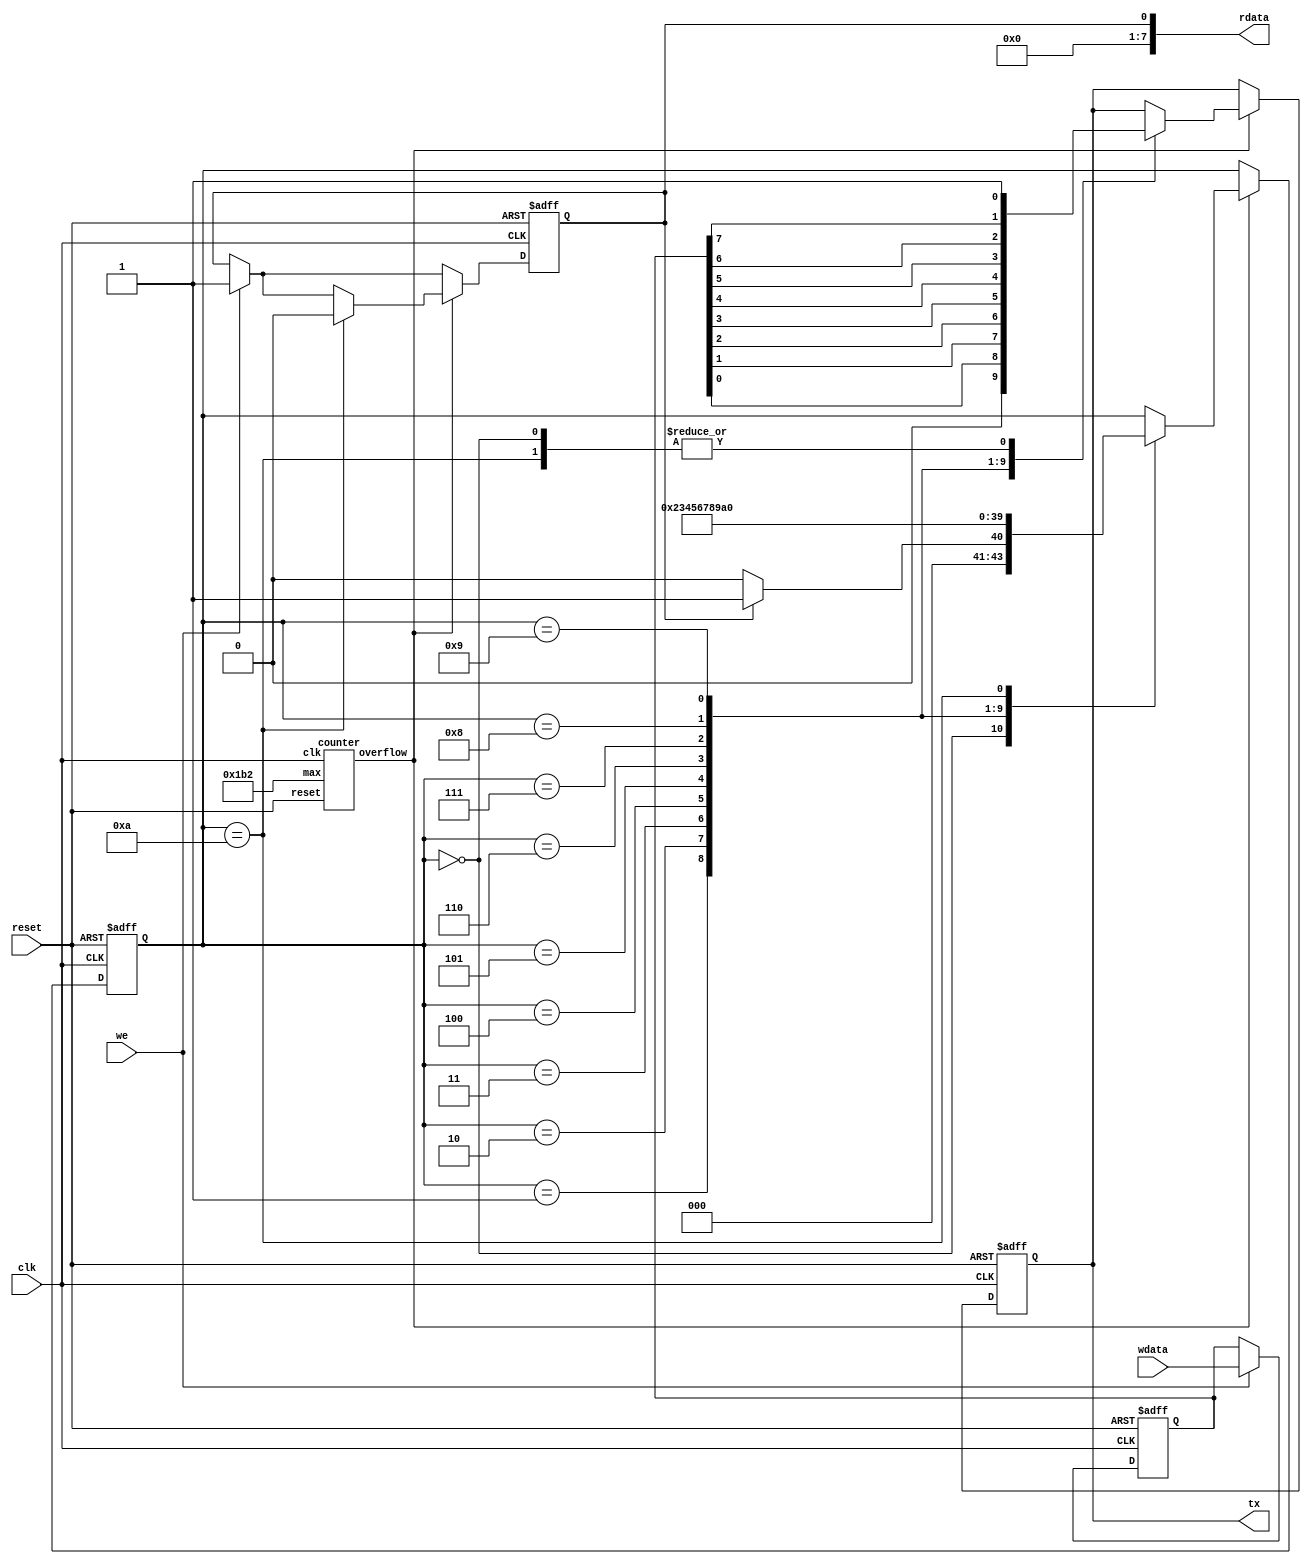
// Copyright 2012, Brian Swetland.  If it breaks, you keep both halves.

// todo: wire up a divisor register

`timescale 1ns/1ns

module uart(
	input clk,
	input reset,
	input [7:0] wdata,
	output [7:0] rdata,
	input we,
	output tx
	);

reg out;
reg busy;
reg [7:0] data;
reg [3:0] state;
wire next_bit;

counter bitcounter(
	.clk(clk),
	.reset(reset),
	.max(16'd434),
	.overflow(next_bit)
	);

assign tx = out;
assign rdata = { 7'b0, busy };

always @(posedge clk or posedge reset)
begin
	if (reset) begin
		out <= 1'b1;
		busy <= 1'b1;
		state <= 4'b0010;
		data <= 8'hFF;
	end else begin
		if (we) begin
			data <= wdata;
			busy <= 1'b1;
		end
		if (next_bit) begin
			case (state)
			4'b0000: begin state <= (busy ? 4'b0001 : 4'b0000); out <= 1'b1; end
			4'b0001: begin state <= 4'b0010; out <= 1'b0; end
			4'b0010: begin state <= 4'b0011; out <= data[0]; end
			4'b0011: begin state <= 4'b0100; out <= data[1]; end
			4'b0100: begin state <= 4'b0101; out <= data[2]; end
			4'b0101: begin state <= 4'b0110; out <= data[3]; end
			4'b0110: begin state <= 4'b0111; out <= data[4]; end
			4'b0111: begin state <= 4'b1000; out <= data[5]; end
			4'b1000: begin state <= 4'b1001; out <= data[6]; end
			4'b1001: begin state <= 4'b1010; out <= data[7]; end
			4'b1010: begin state <= 4'b0000; out <= 1'b1; busy <= 1'b0; end
			endcase
		end
	end
end

endmodule

module counter(
	input clk,
	input reset,
	input [15:0] max,
	output overflow 
	);

reg [15:0] count;

assign overflow = (count == max);

always @(posedge clk or posedge reset)
begin
	if (reset) 
		count <= 16'b0;
	else
		count <= overflow ? 16'b0 : (count + 16'b1);
end

endmodule